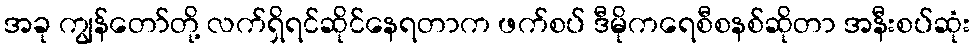
အခု ကျွန်တော်တို့ လက်ရှိရင်ဆိုင်နေရတာက ဖက်စပ် ဒီမိုကရေစီစနစ်ဆိုတာ အနီးစပ်ဆုံး